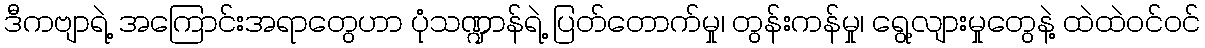
ဒီကဗျာရဲ့ အကြောင်းအရာတွေဟာ ပုံသဏ္ဍာန်ရဲ့ ပြတ်တောက်မှု၊ တွန်းကန်မှု၊ ရွေ့လျားမှုတွေနဲ့ ထဲထဲဝင်ဝင်